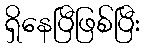
ရှိနေပြီဖြစ်ပြီး